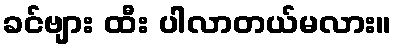
ခင်ဗျား ထီး ပါလာတယ်မလား။